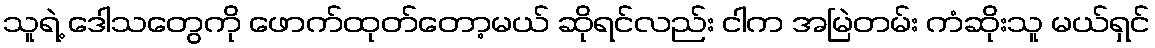
သူရဲ့ ဒေါသတွေကို ဖောက်ထုတ်တော့မယ် ဆိုရင်လည်း ငါက အမြဲတမ်း ကံဆိုးသူ မယ်ရှင်